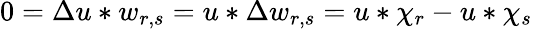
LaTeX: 0=\Delta u*w_{r,s}=u*\Delta w_{r,s}=u*\chi_{r}-u*\chi_{s}